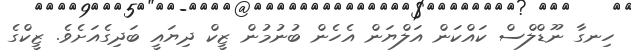
ހިނގާ ނޫޑްލްސް ކައްކަން އަލްޔަން އެހެން ބުނުމުން ޒީކް ދިޔައީ ބަދިގެއަށެވެ. ޒީކްގެ